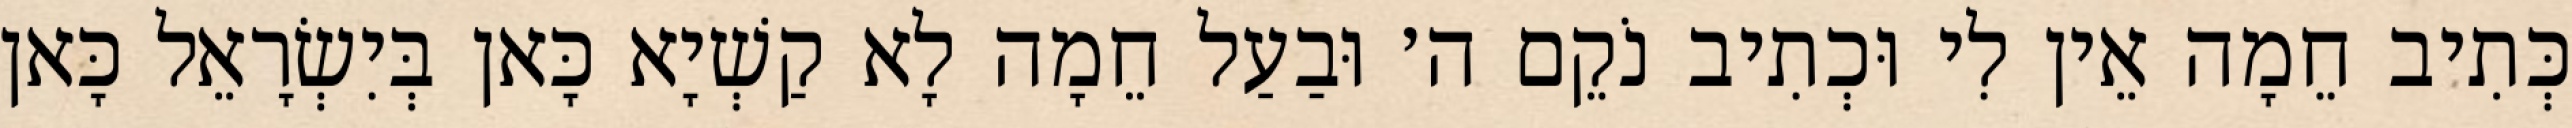
כְּתִיב חֵמָה אֵין לִי וּכְתִיב נֹקֵם ה׳ וּבַעַל חֵמָה לָא קַשְׁיָא כָּאן בְּיִשְׂרָאֵל כָּאן